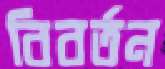
বিবর্তন